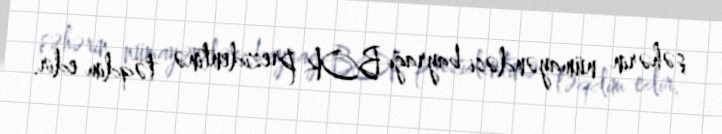
şəhərin nümayəndəsi bayrağı BOK prezidentinə təqdim edir.